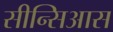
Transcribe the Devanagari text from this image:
सीन्सिआस